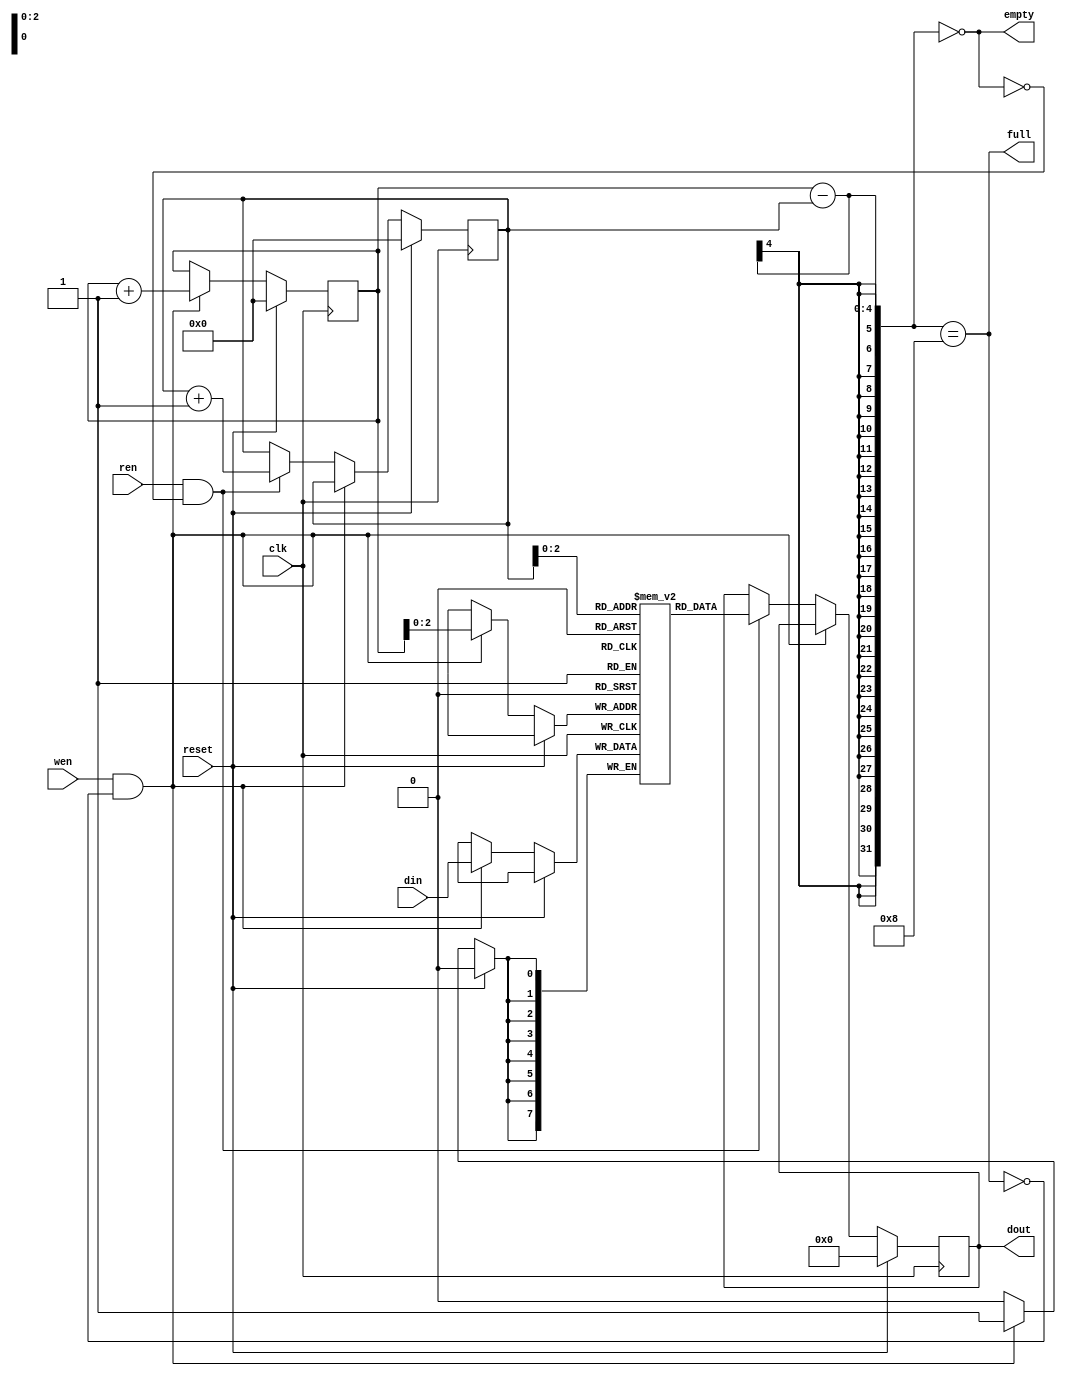
module syn_fifo(
    output full,empty,
	 input clk,reset,wen,ren,
	 input [7:0]din,
	 output reg [7:0]dout);
	 
reg [3:0]wp,rp;
reg [7:0] fifo [7:0];
always @(posedge clk)
begin
	if(reset)
	begin
		wp<=0;
		rp<=0;
		dout<=0;
	end
	else if(wen && (!full))
	begin
		fifo[wp]<=din;
		wp<=wp+1;
	end
	else if(ren && (!empty))
	begin
		dout<=fifo[rp];
		rp<=rp+1;
	end
end
assign full=((wp-rp)==8);
assign empty=((wp-rp)==0);
endmodule